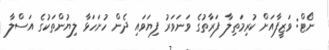
ނޯޓް: ވަޒީފާއަށް ކުރިމަތިލާ ފަރާތުގެ ވަނަވަރު ފިޔަވައި ދެން ހުށަހަޅާ ލިޔުންތަކުގެ އަސްލާ